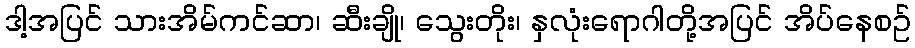
ဒါ့အပြင် သားအိမ်ကင်ဆာ၊ ဆီးချို၊ သွေးတိုး၊ နှလုံးရောဂါတို့အပြင် အိပ်နေစဥ်